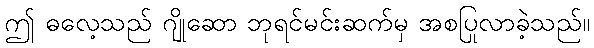
ဤ ဓလေ့သည် ဂျိုဆော ဘုရင်မင်းဆက်မှ အစပြုလာခဲ့သည်။